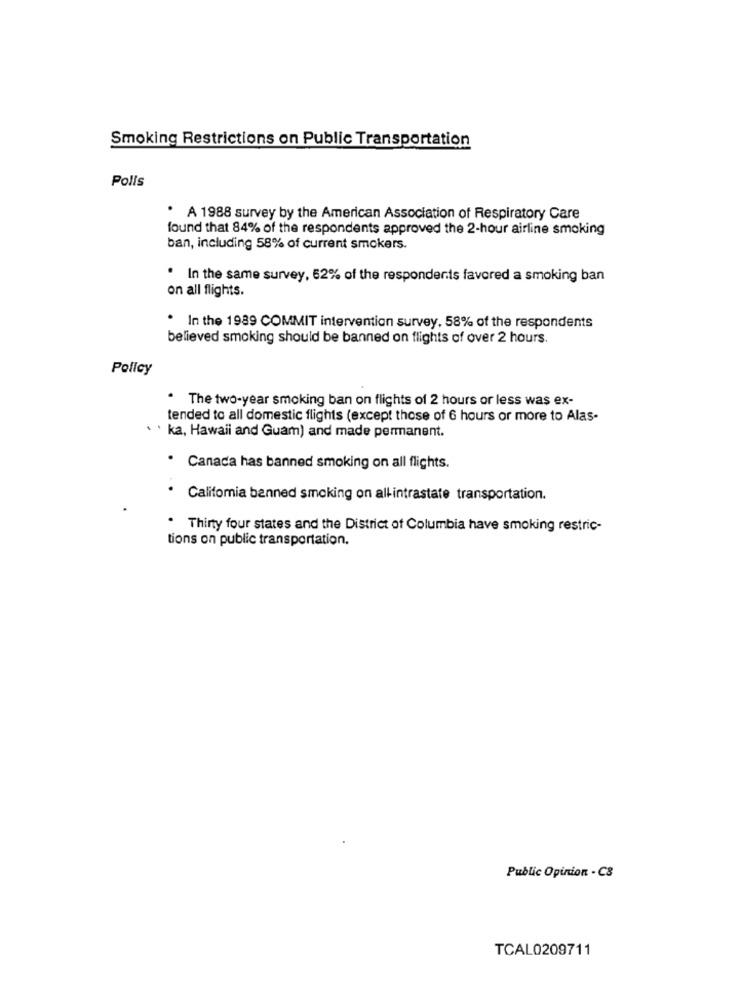
Smoking Restrictions on Public Transportation
Polis
. A 1988 survey by the American Association of Respiratory Care
found that 84% of the respondents approved the 2-hour airline smoking
ban, including 58% of current smokers.
. In the same survey, 62% of the respondents favored a smoking ban
on all flights.
. In the 1989 COMMIT intervention survey, 58% of the respondents
believed smoking should be banned on flights of over 2 hours.
Policy
. The two-year smoking ban on flights of 2 hours or less was ex-
tended to all domestic flights (except those of 6 hours or more to Alas-
ka, Hawaii and Guam) and made permanent.
Canada has banned smoking on all flights.
Califomia banned smoking on allintrastate transportation.
Thirty four states and the District of Columbia have smoking restric-
tions on public transportation.
Public Opinion - C8
TCAL0209711